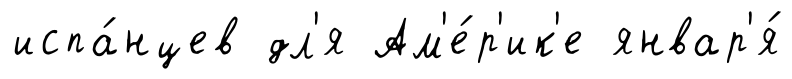
испа́нцев дл'я Ам'е́р'ик'е январ'я́